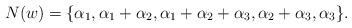
LaTeX: \begin{align*}N(w)= \{ \alpha_1,\alpha_1+\alpha_2,\alpha_1+\alpha_2+\alpha_3, \alpha_2+\alpha_3,\alpha_3\}.\end{align*}